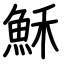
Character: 穌